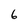
Character: 6